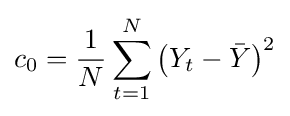
c_{0}={\frac {1}{N}}\sum _{t=1}^{N}\left(Y_{t}-{\bar {Y}}\right)^{2}